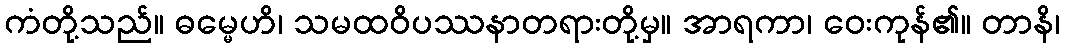
ကံတို့သည်။ ဓမ္မေဟိ၊ သမထဝိပဿနာတရားတို့မှ။ အာရကာ၊ ဝေးကုန်၏။ တာနိ၊